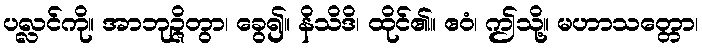
ပလ္လင်ကို။ အာဘုဉ္ဇိတွာ၊ ခွေ၍။ နိသိဒိ၊ ထိုင်၏။ ဧဝံ၊ ဤသို့။ မဟာသတ္တော၊